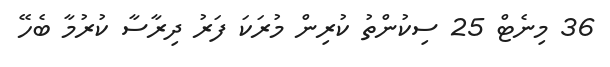
36 މިނެޓް 25 ސިކުންތު ކުރިން މުރަކަ ފަރު ދިރާސާ ކުރުމާ ބެހޭ